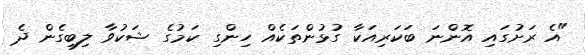
"އެ ރަށުގައި އޮންނަ ބަކަރިއަކާ ގުޅުންތަކެއް ހިންގި ކަމުގެ ޝަކުވާ ލިބިގެން ދެ